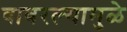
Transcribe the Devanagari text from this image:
वावरल्यामुळे